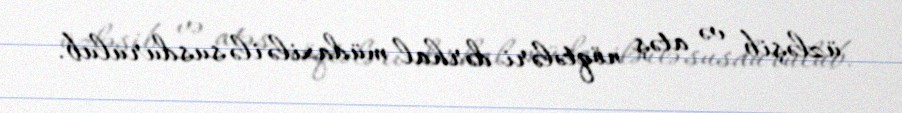
üzləşib və atəş nöqtələri dərhal müdaxilə ilə susdurulub.